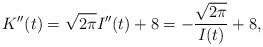
LaTeX: \begin{align*}K''(t)=\sqrt{2\pi}I''(t)+8=-\frac{\sqrt{2\pi}}{I(t)}+8,\end{align*}